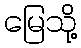
မြေသို့